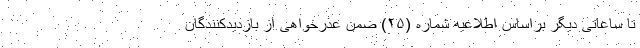
تا ساعاتی دیگر براساس اطلاعیه شماره (۲۵) ضمن عذرخواهی از بازدیدکنندگان